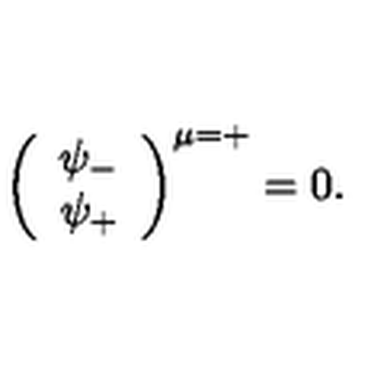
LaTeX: \left( \begin{array} { c } { \psi _ { - } } \\ { \psi _ { + } } \\ \end{array} \right) ^ { \mu = + } = 0 .